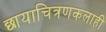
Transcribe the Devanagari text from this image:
छायाचित्रणकलाही